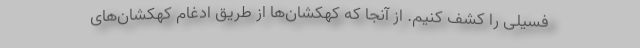
فسیلی را کشف کنیم. از آنجا که کهکشان‌ها از طریق ادغام کهکشان‌های